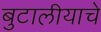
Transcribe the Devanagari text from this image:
बुटालीयाचे